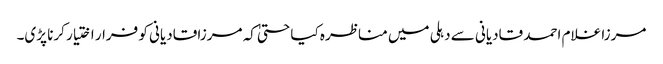
مرزا غلام احمد قادیانی سے دہلی میں مناظرہ کیا حتیٰ کہ مرزا قادیانی کو فرار اختیار کرنا پڑی۔